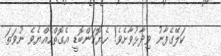
ކަލޭގެފާނު ވިދާޅުވާށެވެ! ހެޔޮކަންބޮޑީ އެގޮތްހެއްޔެވެ ނުވަތަ